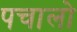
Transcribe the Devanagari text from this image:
पचालो